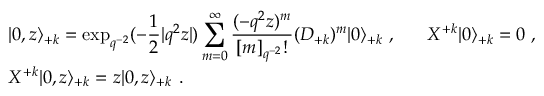
\begin{array} { l } { { \vert 0 , z \rangle _ { + k } = \displaystyle \exp _ { q ^ { - 2 } } ( - \frac { 1 } { 2 } | q ^ { 2 } z | ) \sum _ { m = 0 } ^ { \infty } \frac { ( - q ^ { 2 } z ) ^ { m } } { [ m ] _ { q ^ { - 2 } } ! } ( { \cal D } _ { + k } ) ^ { m } \vert 0 \rangle _ { + k } ~ , ~ ~ ~ ~ ~ { \cal X } ^ { + k } \vert 0 \rangle _ { + k } = 0 ~ , } } \\ { { { \cal X } ^ { + k } \vert 0 , z \rangle _ { + k } = z \vert 0 , z \rangle _ { + k } ~ . } } \end{array}